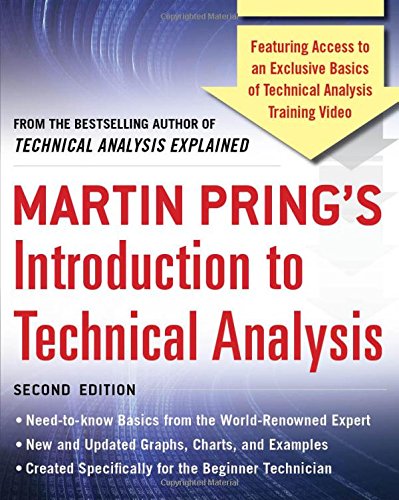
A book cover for Martin Pring's Introduction to Technical Analysis, 2nd Edition; Martin J. Pring; Business & Money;